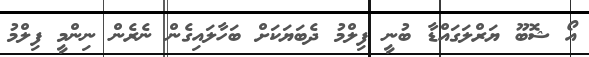
އޯ ޝޮބޫ ޔަރްލަގައްޑާ ބުނީ ފިލްމު ދެބަޔަކަށް ބަހާލައިގެން ނެރެން ނިންމީ ފިލްމު